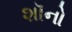
શૉનો